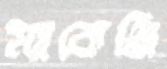
ম্যাকেঞ্জি